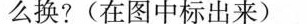
么换?(在图中标出来)